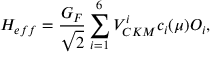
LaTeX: H _ { e f f } = { \frac { G _ { F } } { \sqrt 2 } } \sum _ { i = 1 } ^ { 6 } V _ { C K M } ^ { i } c _ { i } ( \mu ) O _ { i } ,